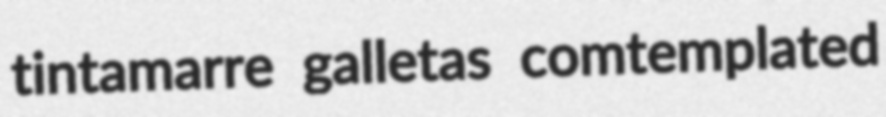
tintamarre galletas comtemplated